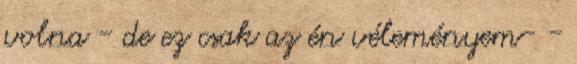
volna - de ez csak az én véleményem- -